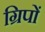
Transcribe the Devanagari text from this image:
ग्रिपों